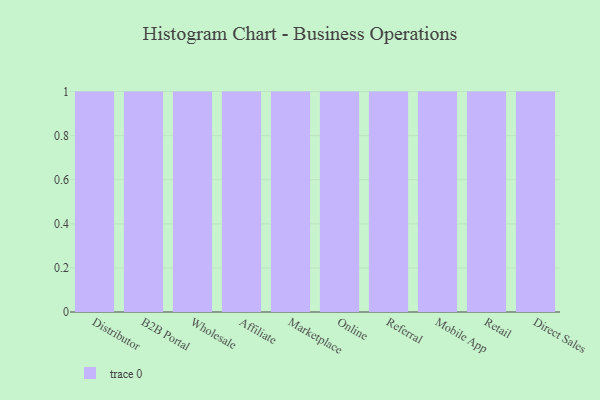
{"axis": {"x": "Channel", "y": "Bounce Rate (%)"}, "legend": [""], "data": [{"x": "Distributor", "y": 53, "type": ""}, {"x": "B2B Portal", "y": 53, "type": ""}, {"x": "Wholesale", "y": 45, "type": ""}, {"x": "Affiliate", "y": 33, "type": ""}, {"x": "Marketplace", "y": 73, "type": ""}, {"x": "Online", "y": 33, "type": ""}, {"x": "Referral", "y": 60, "type": ""}, {"x": "Mobile App", "y": 40, "type": ""}, {"x": "Retail", "y": 39, "type": ""}, {"x": "Direct Sales", "y": 76, "type": ""}]}